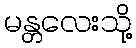
မန္တလေးသို့